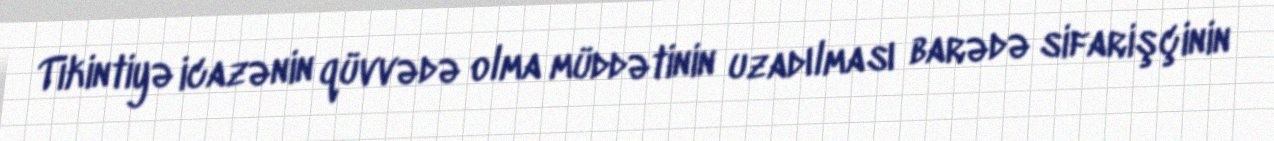
Tikintiyə icazənin qüvvədə olma müddətinin uzadılması barədə sifarişçinin